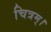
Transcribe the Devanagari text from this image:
चित्रम्।